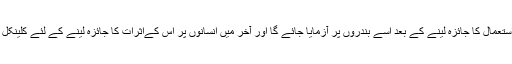
کیونکہ چوہوں پر اس کے استعمال کا جائزہ لینے کے بعد اسے بندروں پر آزمایا جائے گا اور آخر میں انسانوں پر اس کےاثرات کا جائزہ لینے کے لئے کلینکل ٹرائلز سے گزارا جائے گا۔